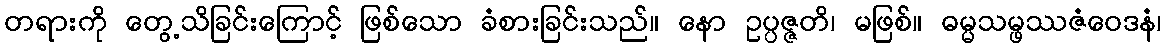
တရားကို တွေ့သိခြင်းကြောင့် ဖြစ်သော ခံစားခြင်းသည်။ နော ဥပ္ပဇ္ဇတိ၊ မဖြစ်။ ဓမ္မသမ္ဖဿဇံဝေဒနံ၊